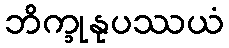
ဘိက္ခုနုပဿယံ